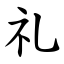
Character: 礼